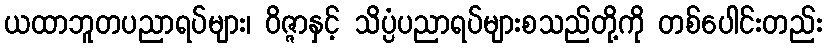
ယထာဘူတပညာရပ်များ၊ ဝိဇ္ဇာနှင့် သိပ္ပံပညာရပ်များစသည်တို့ကို တစ်ပေါင်းတည်း